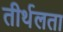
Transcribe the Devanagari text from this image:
तीर्थलता